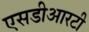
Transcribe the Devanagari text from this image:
एसडीआरटी